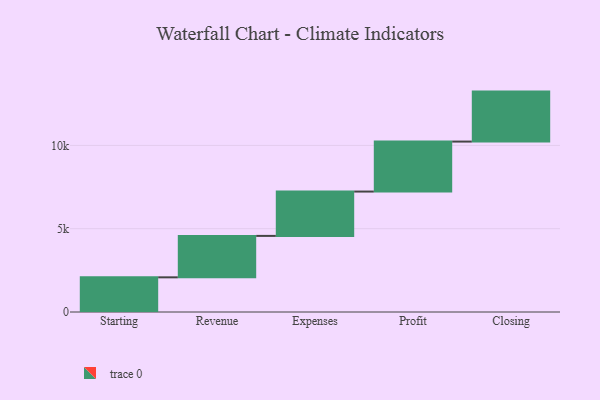
{"axis": {"x": "Step", "y": "Value"}, "legend": [""], "data": [{"x": "Starting", "y": 2081.0, "type": ""}, {"x": "Revenue", "y": 2487.0, "type": ""}, {"x": "Expenses", "y": 2661.0, "type": ""}, {"x": "Profit", "y": 3000, "type": ""}, {"x": "Closing", "y": 3000, "type": ""}]}